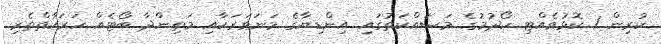
ކުރިން 1 ކޮޅުވެއްޓި ހޯދުމުގެ މަސައްކަތުގައި އިންޑިޔާގެ މަނަވަރަކާއި މަތިންދާ ބޯޓެއް ހަރަކާތްތެރި